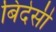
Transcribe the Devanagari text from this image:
बिदेसी